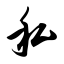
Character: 私